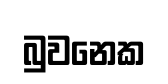
බුවනෙක